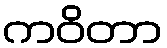
ကဝိတာ